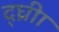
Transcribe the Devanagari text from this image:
द्घ्रीा